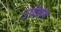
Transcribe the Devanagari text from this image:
उपोशण